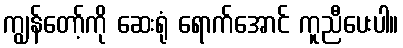
ကျွန်တော့်ကို ဆေးရုံ ရောက်အောင် ကူညီပေးပါ။